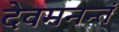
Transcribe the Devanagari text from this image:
देवमनन्तं